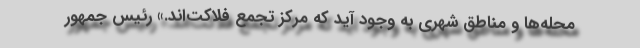
محله‌ها و مناطق شهری به وجود آید که مرکز تجمع فلاکت‌اند.» رئیس جمهور